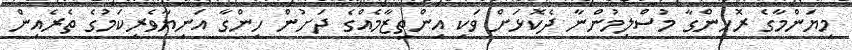
މިޔަންމާގެ ރޮހިންގާ މުސްލިމުންނާ ދެކޮޅަށް ވަކި އިންތިޒާމެއްގެ ދަށުން ހިންގާ އަނިޔާވެރިކަމުގެ ތެރެއިން